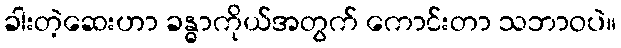
ခါးတဲ့ဆေးဟာ ခန္ဓာကိုယ်အတွက် ကောင်းတာ သဘာဝပဲ။